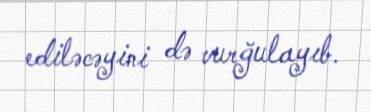
ediləcəyini də vurğulayıb.